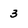
Character: 3